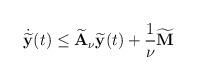
LaTeX: \begin{align*}\dot{\widetilde{\mathbf{y}}}(t)\leq \widetilde{\mathbf{A}}_\nu\widetilde{\mathbf{y}}(t)+\frac{1}{\nu}\widetilde{\mathbf{M}}\end{align*}